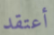
أعتقد